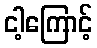
ငါ့ကြောင့်